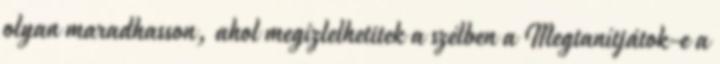
olyan maradhasson, ahol megízlelhetitek a szélben a Megtanítjátok-e a